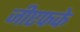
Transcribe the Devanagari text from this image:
जीएफके